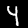
Digit: 4